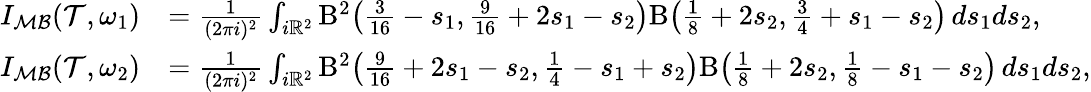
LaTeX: \begin{array}{rl}{I_{\mathcal{MB}}(\mathcal{T},\omega_{1})}&{=\frac{1}{(2\pi i)^{2}}\int_{i\mathbb{R}^{2}}\mathrm{B}^{2}\bigl(\frac{3}{16}-s_{1},\frac{9}{16}+2s_{1}-s_{2}\bigr)\mathrm{B}\bigl(\frac 18+2s_{2},\frac 34+s_{1}-s_{2}\bigr)\, ds_{1}ds_{2},}\\ {I_{\mathcal{MB}}(\mathcal{T},\omega_{2})}&{=\frac{1}{(2\pi i)^{2}}\int_{i\mathbb{R}^{2}}\mathrm{B}^{2}\bigl(\frac{9}{16}+2s_{1}-s_{2},\frac 14-s_{1}+s_{2}\bigr)\mathrm{B}\bigl(\frac 18+2s_{2},\frac 18-s_{1}-s_{2}\bigr)\, ds_{1}ds_{2},}\end{array}